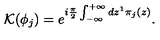
{ \cal K } ( \phi _ { j } ) = e ^ { i \frac { \pi } { 2 } \int _ { - \infty } ^ { + \infty } d z ^ { 1 } \pi _ { j } ( z ) } .